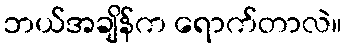
ဘယ်အချိန်က ရောက်တာလဲ။